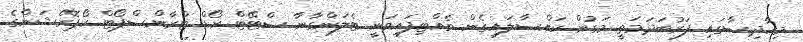
މިހާދިސާގައި ފަރުބަދަމަތީ މަގުން ކައްސާލައިގެން ވެއްޓިފައިވަނީ ޓެލަންގާނާ ސްޓޭޓް ރޯޑް ޓްރާންސްޕޯޓް ކޯޕޮރޭޝަންގެ